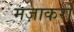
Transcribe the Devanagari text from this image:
मज़ाकरों